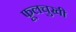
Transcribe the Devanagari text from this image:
फूलचुखी